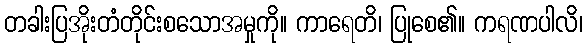
တခါးပြအိုးတံတိုင်းစသောအမှုကို။ ကာရေတိ၊ ပြုစေ၏။ ကရဏပါလိ၊